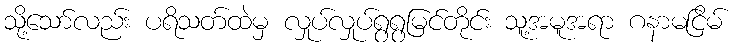
သို့သော်လည်း ပရိသတ်ထဲမှ လှုပ်လှုပ်ရွရွမြင်တိုင်း သူ့အမူအရာ ဂနာမငြိမ်